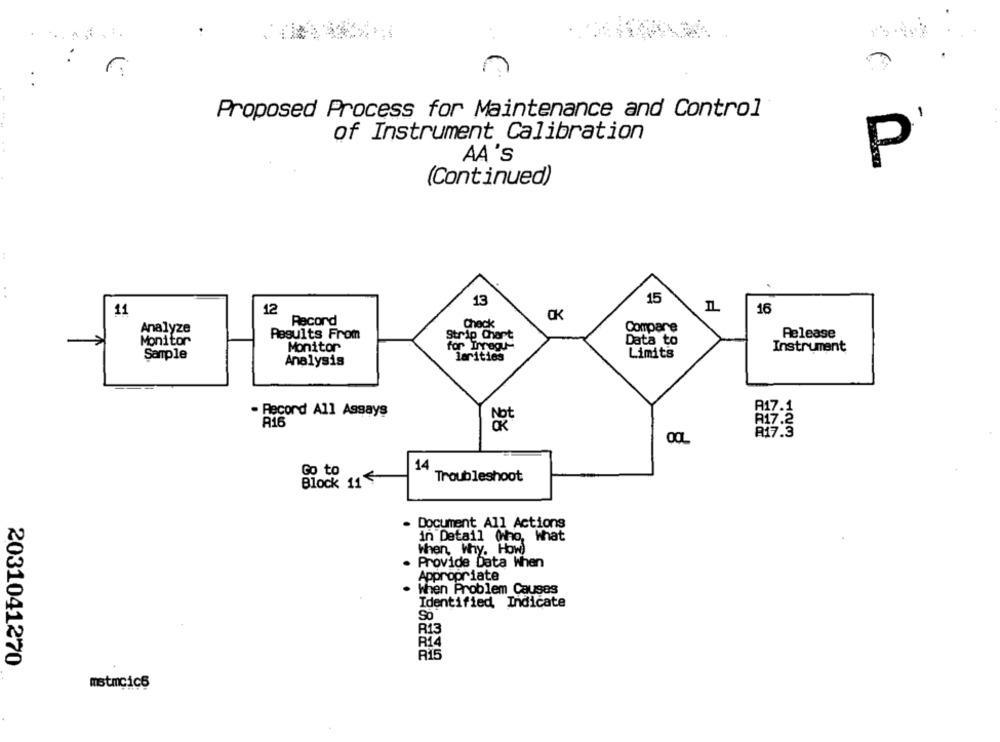
:
Proposed Process for Maintenance and Control
of Instrument Calibration
P
AA 'S
(Continued)
13
15
11
12
16
OK
Record
Check
Analyze
Compare
Release
Monitor
Results From
Strip Chort
Data to
Monitor
for Irregu-
Instrument
Sample
Limits
Analysis
larities
- Record All Assays
A17.1
816
R17.2
R17.3
14
Go to
Block 11'S
Troubleshoot
Document All Actions
in Detail (ho,
What
When, Why. How)
Provide Data When
Appropriate
When Problem Causes
Identified Indicate
R13
R14
2031041270
R15
mstmcic6